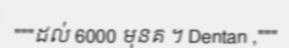
"""ដល់ 6000 មុនគ ។ Dentan ,"""